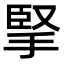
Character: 掔